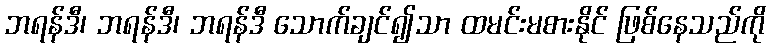
ဘရန်ဒီ၊ ဘရန်ဒီ၊ ဘရန်ဒီ သောက်ချင်၍သာ ထမင်းမစားနိုင် ဖြစ်နေသည်ကို